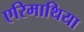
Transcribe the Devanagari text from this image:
एरिमाथिया